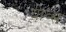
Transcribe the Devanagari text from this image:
याव्स